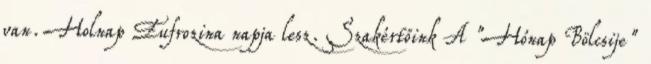
van. Holnap Eufrozina napja lesz. Szakértőink A "Hónap Bölcsije"